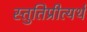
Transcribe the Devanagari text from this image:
स्तुतिप्रीत्यर्थ